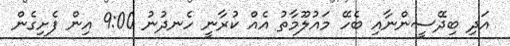
އަދި ބިދޭސީންނާއި ބެހޭ މައުލޫމާތު އެއް ކުރާނީ ހެނދުނު 9:00 އިން ފެށިގެން